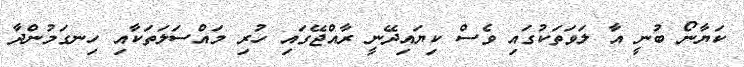
ކަޔާނޯ ބުނީ އާ ލަވަތަކުގައި ވެސް ކިޔައިދޭނީ ރާއްޖޭގައި ހުރި މައްސަލަތަކާއި ހިނގަމުންދާ